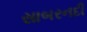
સાબરનદી